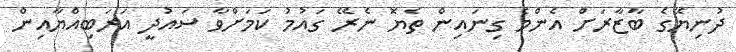
ދުނިޔޭގެ ބާޒާރަށް އެންމެ ގިނައިން ތެޔޮ ނެރޭ ގައުމު ކަމަށްވާ ސައުދީ އަރަބިއްޔާއިން